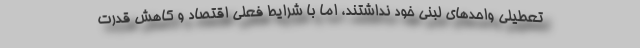
تعطیلی واحدهای لبنی خود نداشتند، اما با شرایط فعلی اقتصاد و کاهش قدرت